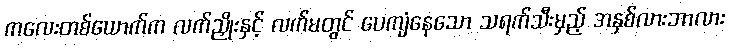
ကလေးတစ်ယောက်က လက်ညှိုးနှင့် လက်မတွင် ပေကျံနေသော သရက်သီးမှည့် အနှစ်လားဘာလား